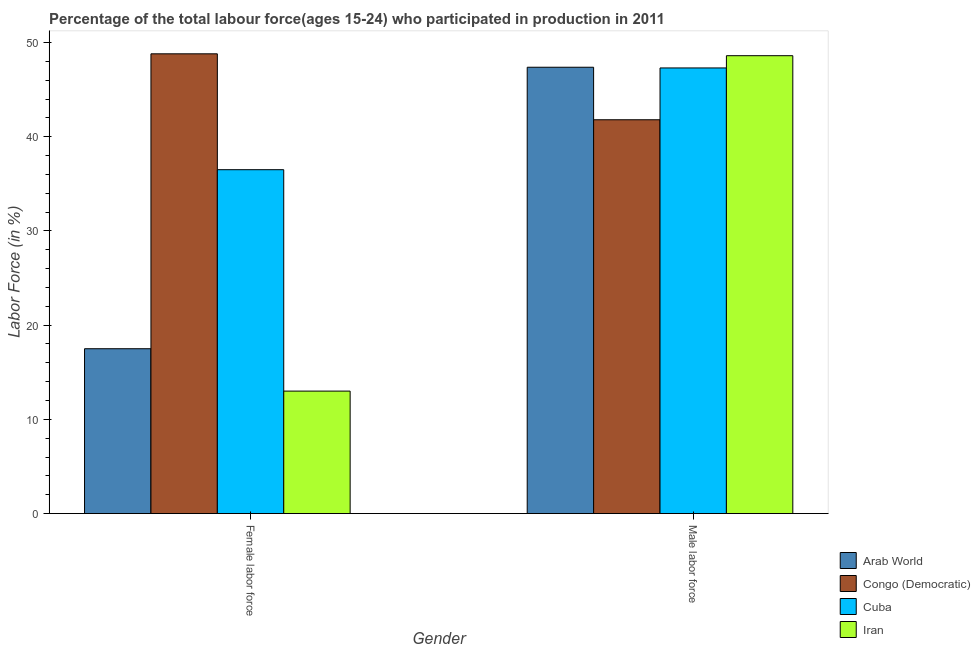
| Gender | Arab World | Congo (Democratic) | Cuba | Iran |
 | --- | --- | --- | --- | --- |
 | Female labor force | 17.5 | 48.8 | 36.5 | 13 |
 | Male labor force | 47.4 | 41.8 | 47.3 | 48.6 |